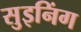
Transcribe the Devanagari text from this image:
सुइनिंग